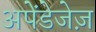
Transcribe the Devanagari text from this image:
अपेंडेजेज़